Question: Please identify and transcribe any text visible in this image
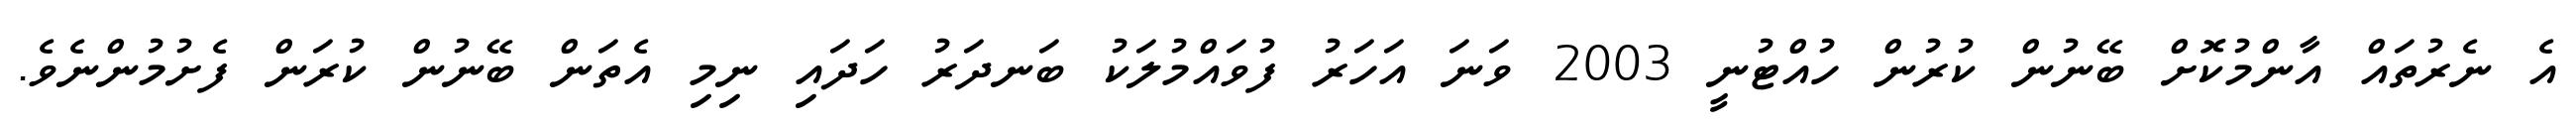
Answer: އެ ނެރުތައް އާންމުކޮށް ބޭނުން ކުރުން ހުއްޓުނީ 2003 ވަނަ އަހަރު ފުވައްމުލަކު ބަނދަރު ހަދައި ނިމި އެތަން ބޭނުން ކުރަން ފެށުމުންނެވެ.